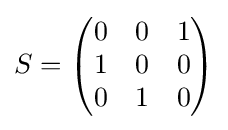
S={\begin{pmatrix}0&0&1\\1&0&0\\0&1&0\end{pmatrix}}